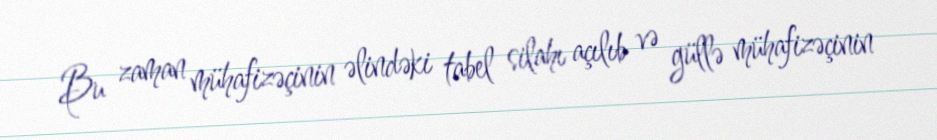
Bu zaman mühafizəçinin əlindəki tabel silahı açılıb və güllə mühafizəçinin